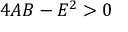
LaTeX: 4 A B - E ^ { 2 } > 0